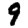
Digit: 9